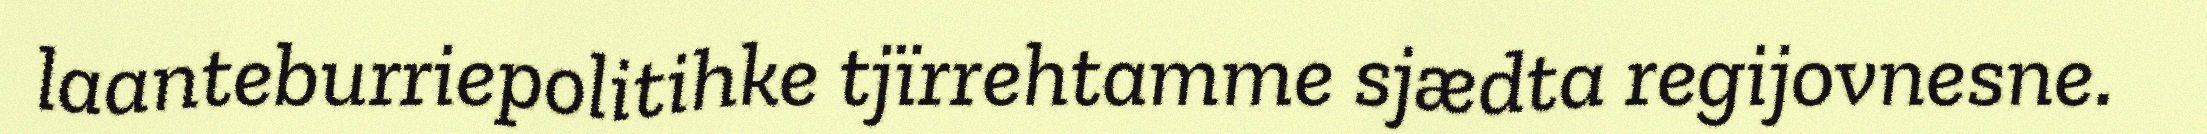
laanteburriepolitihke tjïrrehtamme sjædta regijovnesne.